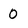
Character: 0